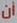
أن